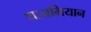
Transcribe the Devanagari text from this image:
थाअभियान